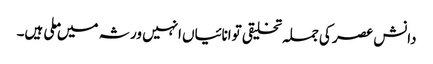
دانش عصر کی جملہ تخلیقی توانائیاں انہیں ورثہ میں ملی ہیں۔